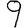
Digit: 9